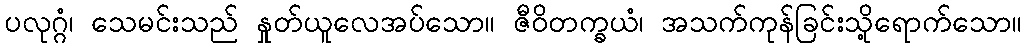
ပလုဂ္ဂံ၊ သေမင်းသည် နှုတ်ယူလေအပ်သော။ ဇီဝိတက္ခယံ၊ အသက်ကုန်ခြင်းသို့ရောက်သော။